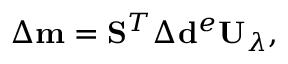
\Delta \mathbf { m } = \mathbf { S } ^ { T } \Delta \mathbf { d } ^ { e } \mathbf { U } _ { \lambda } ,